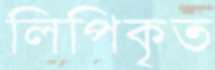
লিপিকৃত